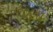
જીલા